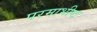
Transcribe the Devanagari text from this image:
परमाभीष्ट